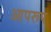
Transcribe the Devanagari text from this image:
आपरूप